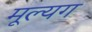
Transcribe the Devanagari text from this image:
मूल्यग